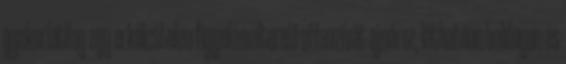
gyakorlatilag egy erkölcstelen figyelemelterelő offenzívát ajnároz, láthatóan boldogan és